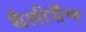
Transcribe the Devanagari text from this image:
थैलीसैंण